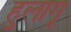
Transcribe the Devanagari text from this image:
हुलागू